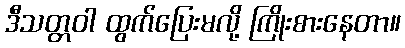
ဒီသတ္တဝါ ထွက်ပြေးမလို့ ကြိုးစားနေတာ။